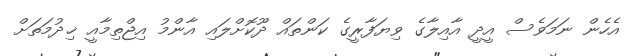
އެހެން ނަމަވެސް އީދީ އާއިލާގެ ވިޔަފާރީގެ ކަންތައް ދޫކޮށްލައި އާންމު އިޖްތިމާއީ ޚިދުމަތަށް